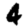
Digit: 4